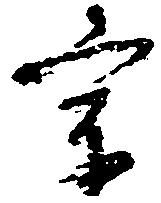
宗